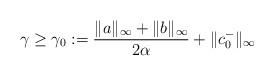
LaTeX: \begin{align*} \gamma\geq\gamma_0 :=\frac{\|a\|_\infty+\|b\|_\infty}{2\alpha}+\|c_0^-\|_\infty\end{align*}